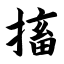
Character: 搐